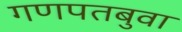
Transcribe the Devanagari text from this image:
गणपतबुवा